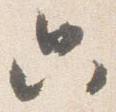
只